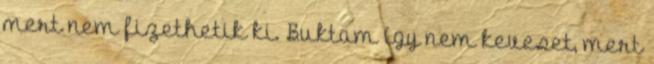
mert nem fizethetik ki. Buktam így nem keveset, mert